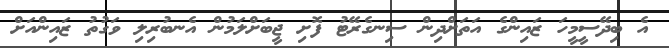
އެ ބިދޭސީމީހަ ޒައިންގެ އަތަށްދިން ސިނގެރޭޓު ފޮށި ޖީބަށްލަމުން އެނބުރިލި ވަގުތު ޒައިންއަށް